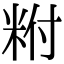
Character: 𥹃